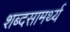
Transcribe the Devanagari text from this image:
शब्दसामर्थ्य